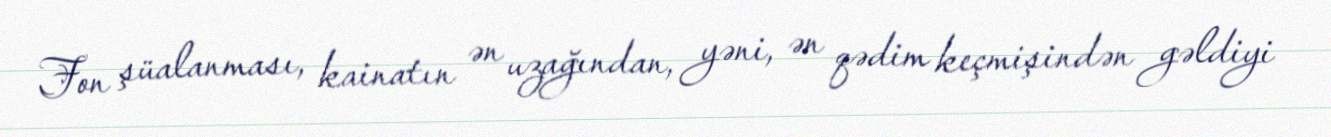
Fon şüalanması, kainatın ən uzağından, yəni, ən qədim keçmişindən gəldiyi